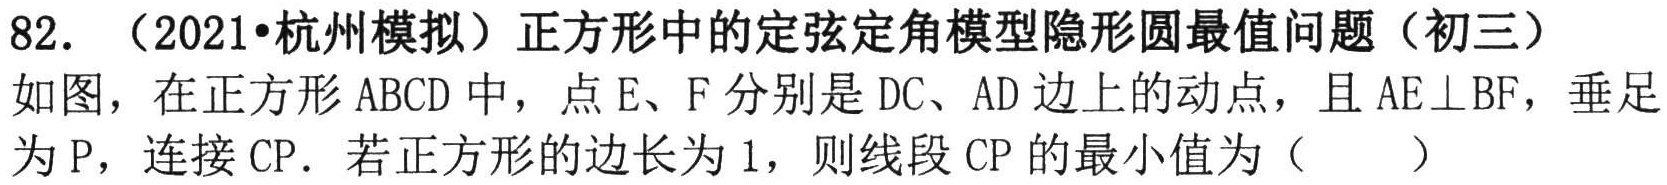
82. （2021•杭州模拟）正方形中的定弦定角模型隐形圆最值问题（初三）
如图，在正方形\(ABCD\)中，点\(E\)、\(F\)分别是\(DC\)、\(AD\)边上的动点，且\(AE\perp BF\)，垂足为\(P\)，连接\(CP\)．若正方形的边长为\(1\)，则线段\(CP\)的最小值为（  ）